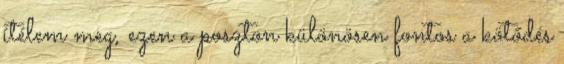
ítélem meg, ezen a poszton különösen fontos a kötődés